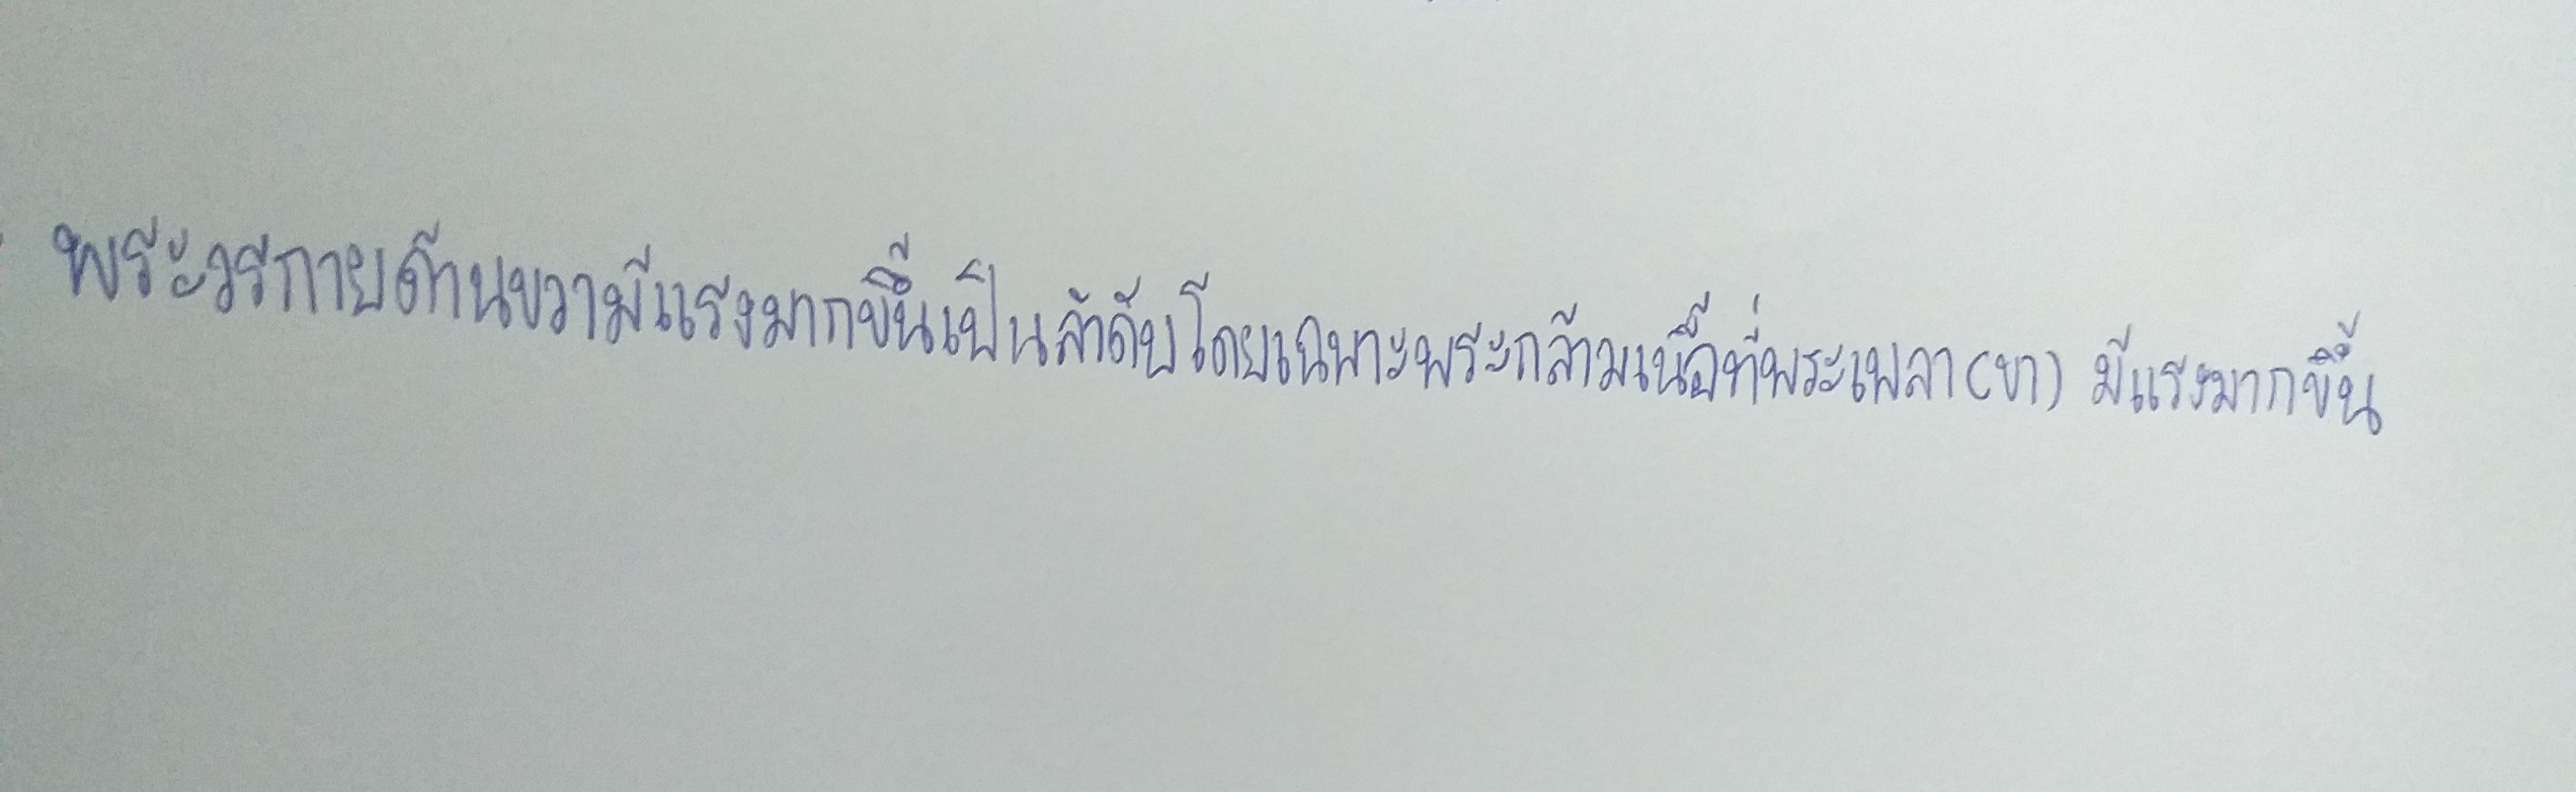
พระวรกายด้านขวามีแรงมากขึ้นเป็นลำดับโดยเฉพาะพระกล้ามเนื้อที่พระเพลา(ขา)มีแรงมากขึ้น